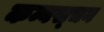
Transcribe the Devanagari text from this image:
कम्बस्चन